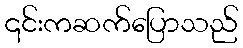
၎င်းကဆက်ပြောသည်